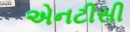
એનટીસી